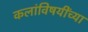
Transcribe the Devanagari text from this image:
कलांविषयींच्या